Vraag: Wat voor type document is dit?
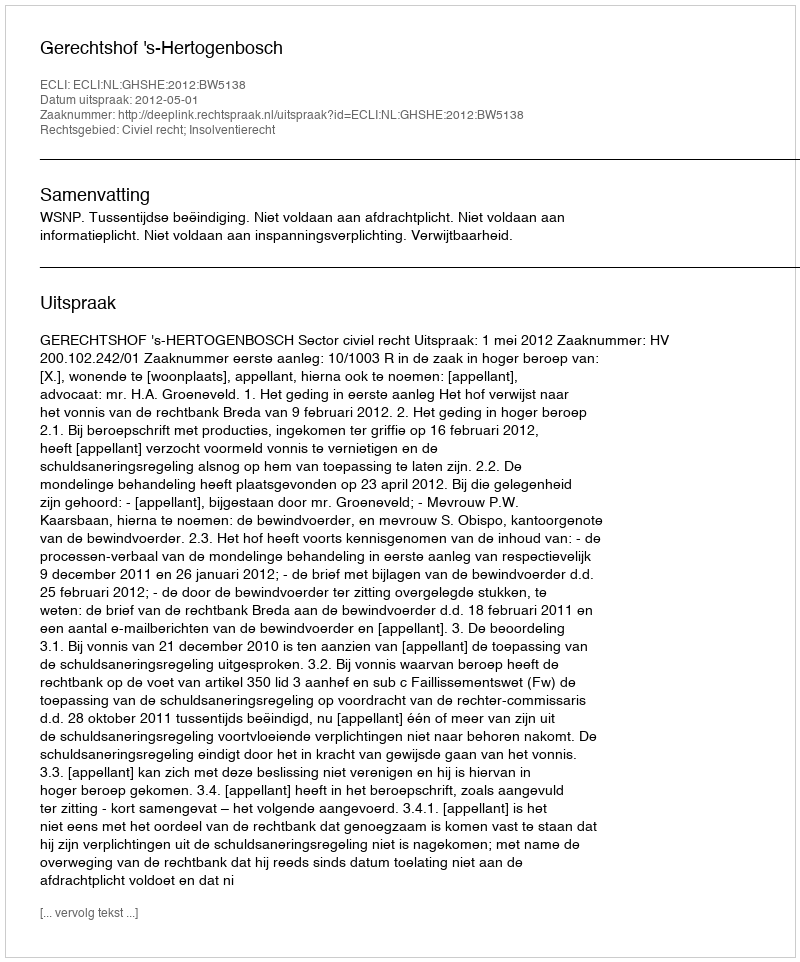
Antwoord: Uitspraak